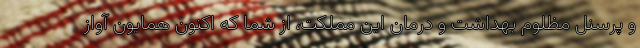
و پرسنل مظلوم بهداشت و درمان این مملکت، از شما که اکنون همایون آواز